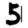
Digit: 5